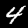
Digit: 4